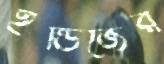
ইন্ডিজের